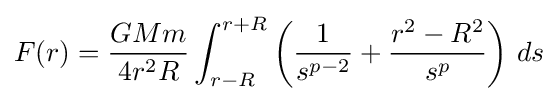
F(r)={\frac {GMm}{4r^{2}R}}\int _{r-R}^{r+R}\left({\frac {1}{s^{p-2}}}+{\frac {r^{2}-R^{2}}{s^{p}}}\right)\,ds